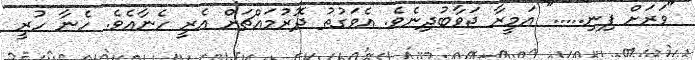
"ވަރަށް ފިނި....." އަމީރާ ޖަވާބުދިނެވެ. އެވަގުތު ދޮރުމައްޗަށް އެރީ ހެނާއެވެ. ހެނާ ހުރީ